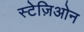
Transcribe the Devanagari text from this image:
स्टेज़िओन